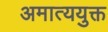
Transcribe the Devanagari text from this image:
अमात्ययुक्त